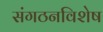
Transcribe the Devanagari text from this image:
संगठनविशेष